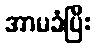
အာမခံပြီး